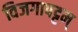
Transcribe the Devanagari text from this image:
विजगापट्टम्